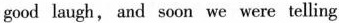
good laugh, and soon we were telling